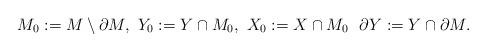
LaTeX: \begin{align*}M_0 := M \setminus \partial M, \ Y_0 := Y \cap M_0, \ X_0 := X \cap M_0 \ \ \partial Y := Y \cap \partial M. \end{align*}